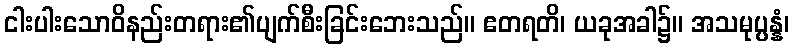
ငါးပါးသောဝိနည်းတရား၏ပျက်စီးခြင်းဘေးသည်။ ဧတရတိ၊ ယခုအခါ၌။ အသမုပ္ပန္နံ၊